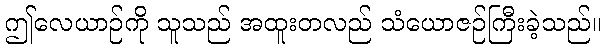
ဤလေယာဉ်ကို သူသည် အထူးတလည် သံယောဇဉ်ကြီးခဲ့သည်။